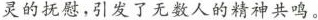
灵的抚慰，引发了无数人的精神共鸣。